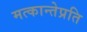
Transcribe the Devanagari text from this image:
मत्कान्तेप्रति